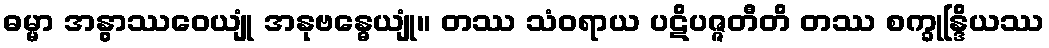
ဓမ္မာ အနွာဿဝေယျုံ အနုဗန္ဓေယျုံ။ တဿ သံဝရာယ ပဋိပဇ္ဇတီတိ တဿ စက္ခုန္ဒြိယဿ